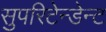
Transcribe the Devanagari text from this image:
सुपरिटेन्डेन्ट